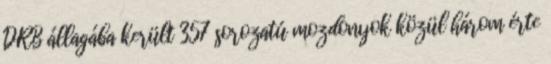
DRB állagába került 357 sorozatú mozdonyok közül három érte